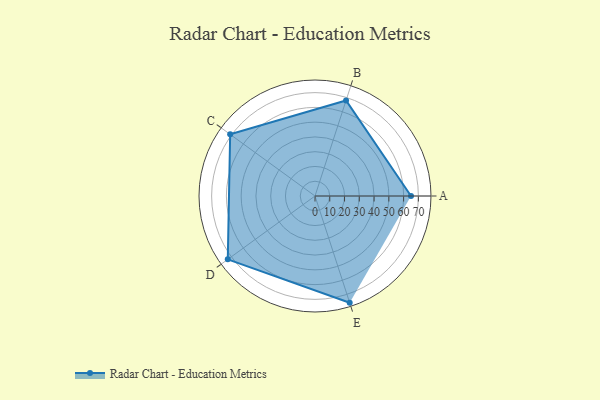
{"axis": {"x": "Skill", "y": "Score"}, "legend": ["Profile"], "data": [{"x": "A", "y": 65.0, "type": "Profile"}, {"x": "B", "y": 68.0, "type": "Profile"}, {"x": "C", "y": 71.0, "type": "Profile"}, {"x": "D", "y": 73.0, "type": "Profile"}, {"x": "E", "y": 76.0, "type": "Profile"}]}